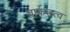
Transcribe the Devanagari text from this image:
वाकतत्व